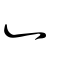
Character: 辶